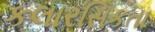
કલારસિકતા